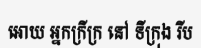
អោយ អ្នកក្រីក្រ នៅ ទីក្រុង រីប